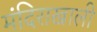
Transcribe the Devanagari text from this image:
मंदिराखाली